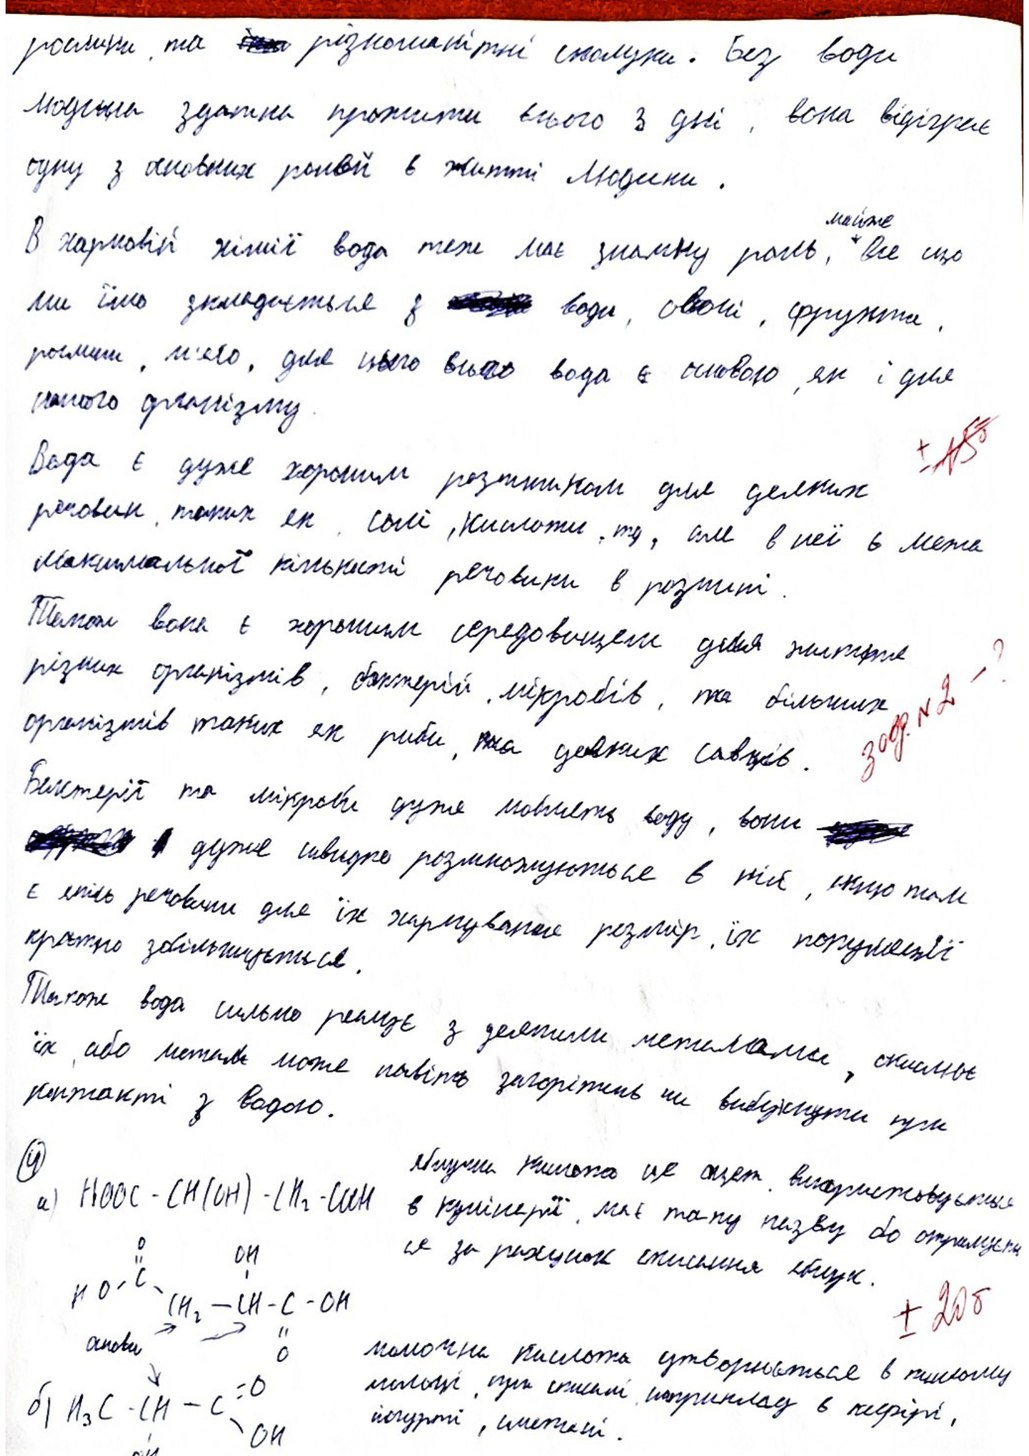
рослини, та [illegible] різноманітні сполуки. Без води
Людина здатна прожити всього 3 дні, вона відіграє
одну з основних ролей в житті людини.
В харчовій хімії вода теж має значну роль, майже все що
ми їмо складається з [illegible] води, овочі, фрукти,
рослини, м'ясо, для цього всього вода є основою, як і для
нашого організму.
+- ~~15б~~
Вода є дуже хорошим розчинником  для деяких
речовин, таких як, солі, кислоти, тд, але в неї є межа
Максимальної кількості речовини в розчині.
Також вона є хорошим середовищем для життя
зад. N 2 -
різних організмів, бактерій, мікробів, та більших
організмів таких як риби, та деяких савців.
Бактерії та мікроби дуже люблять воду, вони
[illegible] дуже швидко розмножуються в ній, якщо там
є якісь речовини для їх харчування розмір, їх популяції
кратно збільшується.
Також вода сильно реагує з деякими металами, окислює
їх, або металів може навіть загорітись чи вибухнути при
контакті з водою.
4
Яблучна кислота це оцет. використовується
HOOC - CH (OH) - CH_2 - COOH
а)
в кулінарії, має таку назву бо отримується
O
ся за рахунок скисання яблук.
OH
+- 20б
C
HO
CH-C-OH
CH_2
молочна кислота утворюється в кислому
O
молоці, при скисані, наприклад в кефірі,
O
б)
H_3C - CH - C
йогурті, сметані.
OH